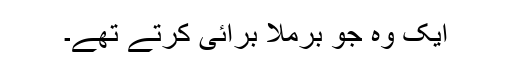
ایک وہ جو برملا برائی کرتے تھے۔